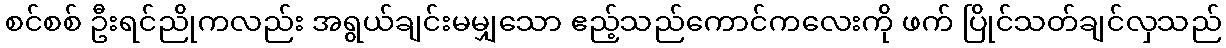
စင်စစ် ဦးရင်ညိုကလည်း အရွယ်ချင်းမမျှသော ဧည့်သည်ကောင်ကလေးကို ဖက် ပြိုင်သတ်ချင်လှသည်